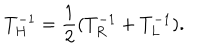
T _ { H } ^ { - 1 } = { \frac { 1 } { 2 } } ( T _ { R } ^ { - 1 } + T _ { L } ^ { - 1 } ) .